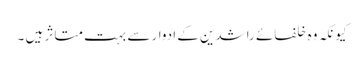
کیونکہ وہ خلفائے راشدین کے ادوار سے بہت متاثر ہیں ۔